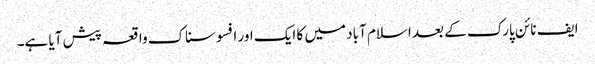
ایف نائن پارک کے بعد اسلام آباد میں کا ایک اور افسوسناک واقعہ پیش آیا ہے۔